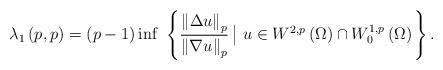
LaTeX: \begin{align*}\lambda _{1}\left( p,p\right) =\left( p-1\right) \inf \ \left\{ \frac{\left\Vert \Delta u\right\Vert _{p}}{\left\Vert \nabla u\right\Vert _{p}}\left\vert \ u\in W^{2,p}\left( \Omega \right) \cap W_{0}^{1,p}\left( \Omega\right) \right. \right\} . \end{align*}